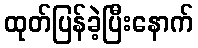
ထုတ်ပြန်ခဲ့ပြီးနောက်